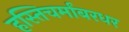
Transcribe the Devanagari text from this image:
हस्तिचर्मांबरधर